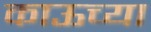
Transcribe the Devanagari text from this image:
काऊच्या